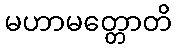
မဟာမတ္တောတိ